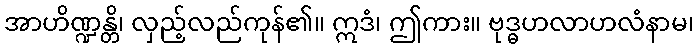
အာဟိဏ္ဍန္တိ၊ လှည့်လည်ကုန်၏။ ဣဒံ၊ ဤကား။ ဗုဒ္ဓဟလာဟလံနာမ၊